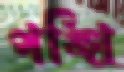
পঙ্খি